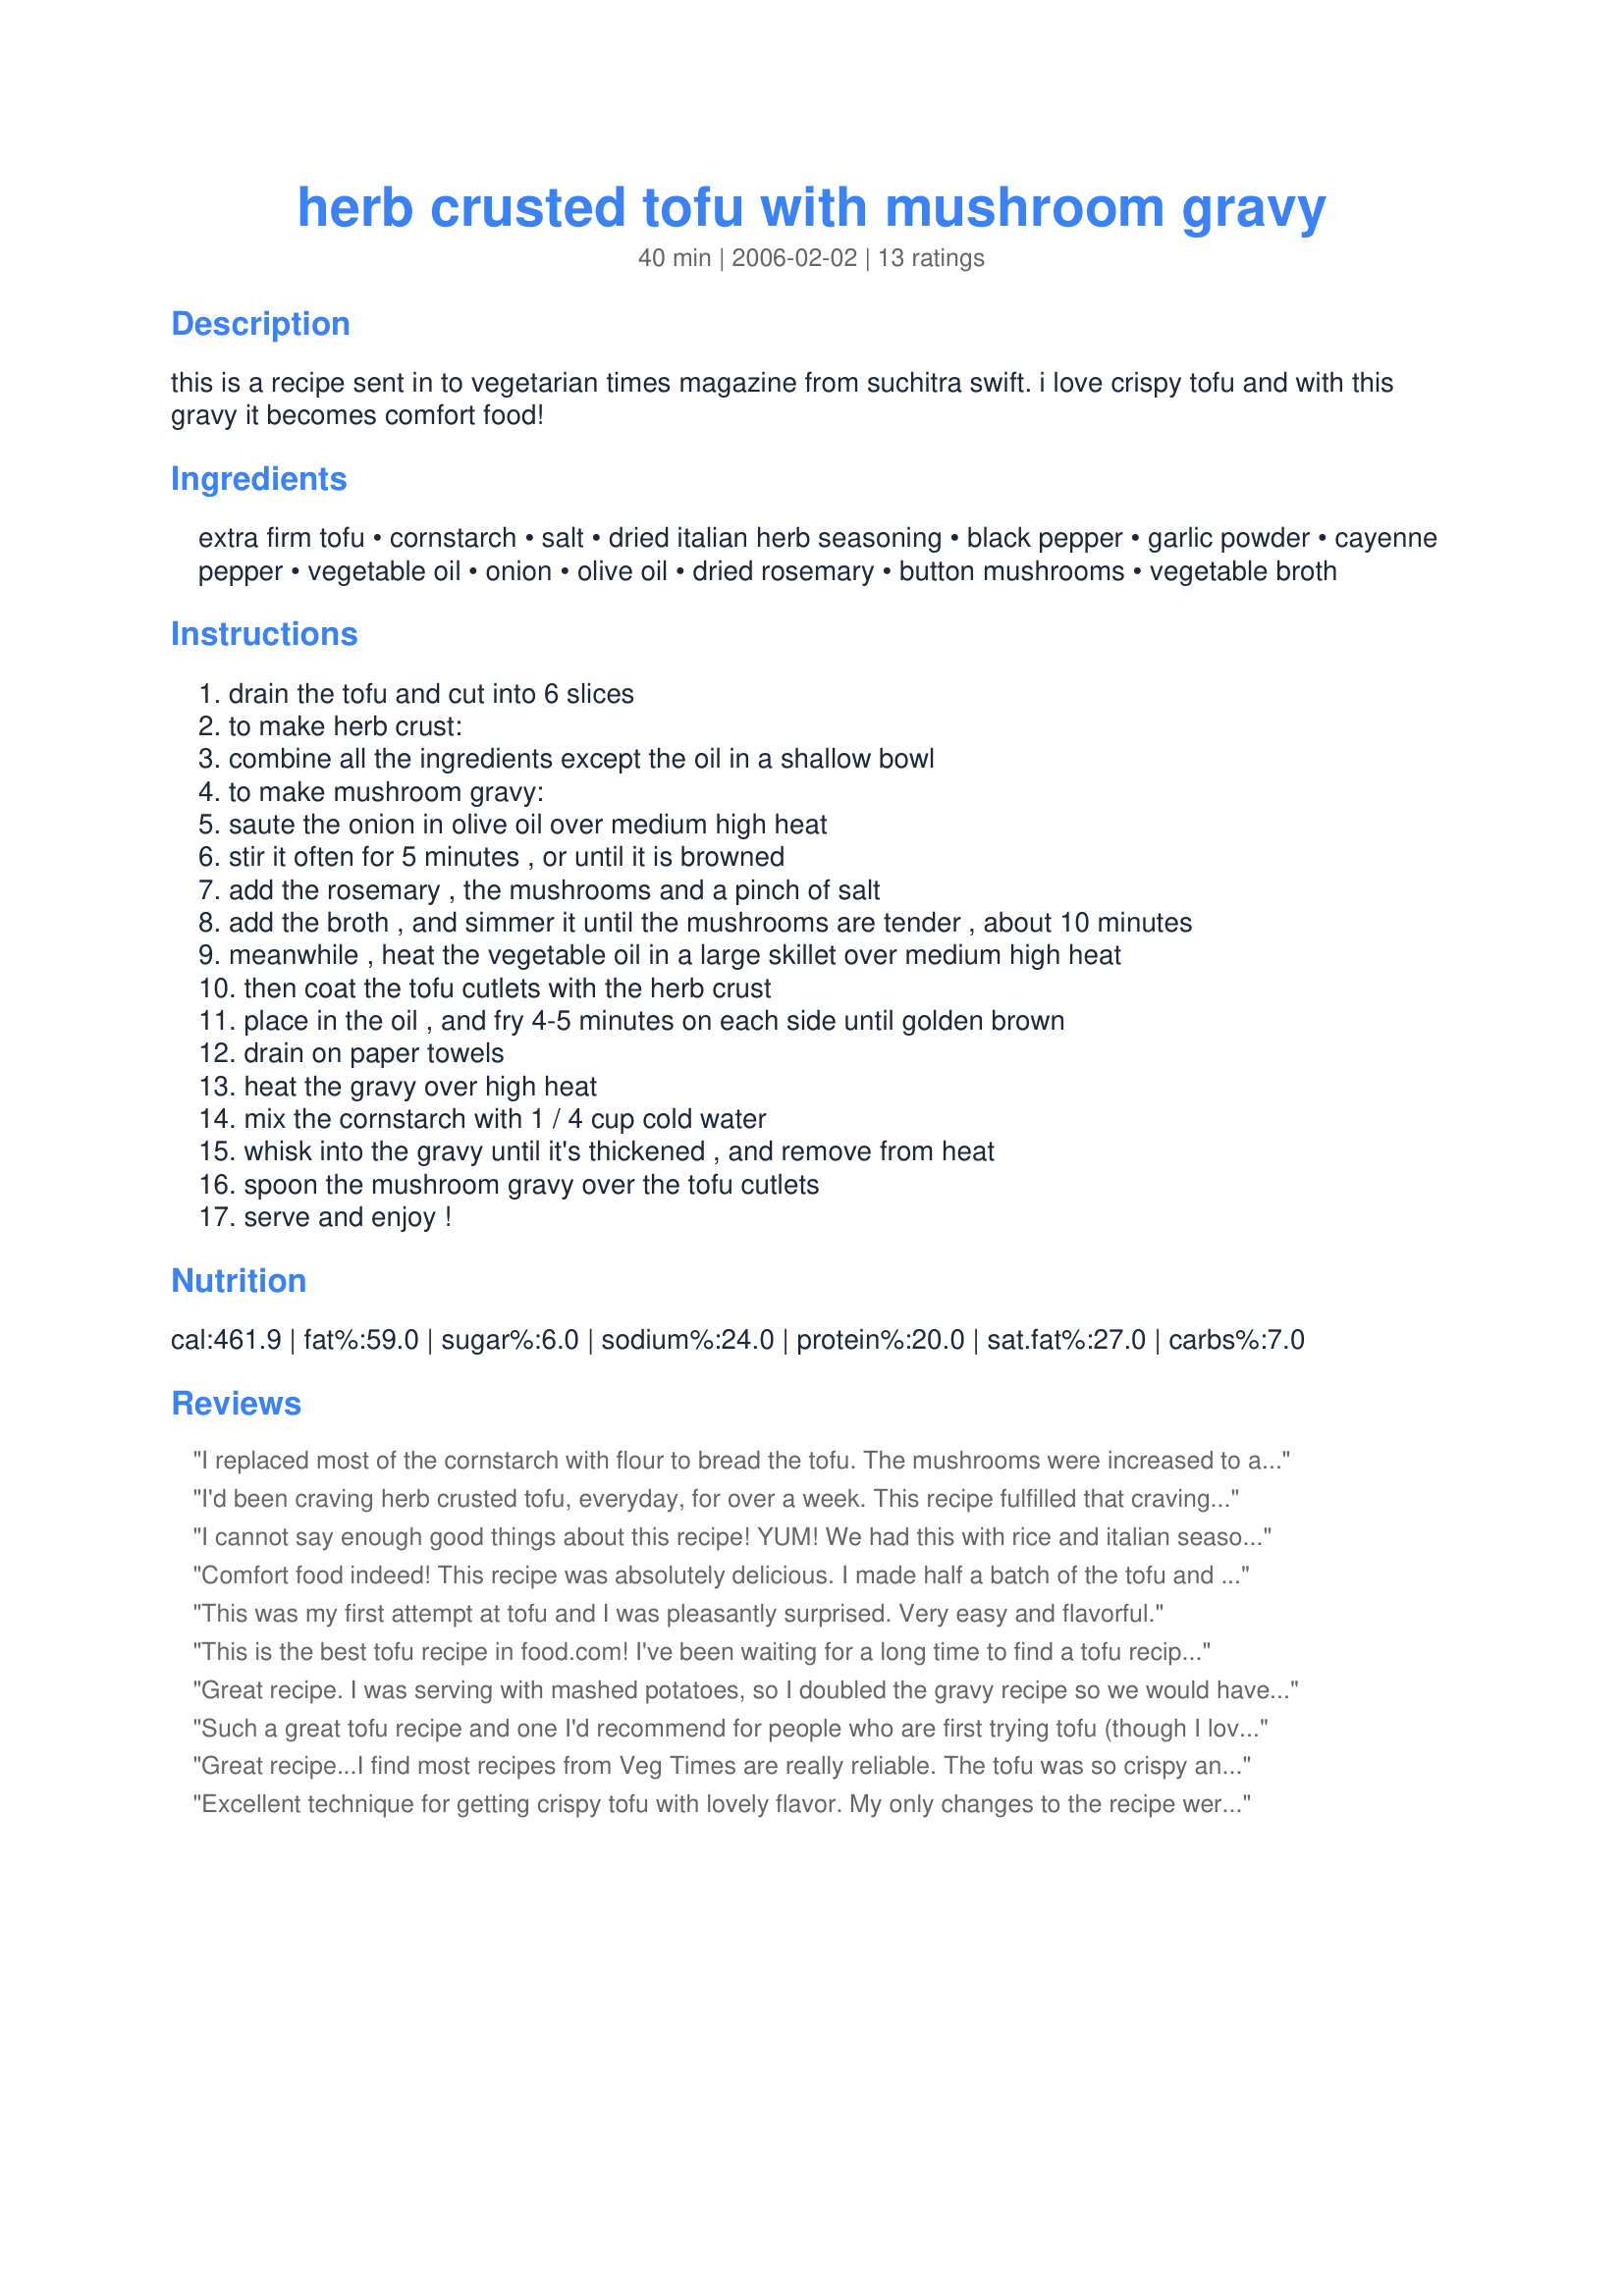
herb crusted tofu with mushroom gravy
Preparation time: 40 minutes

this is a recipe sent in to vegetarian times magazine from suchitra swift. i love crispy tofu and with this gravy it becomes comfort food!

Ingredients:
extra firm tofu, cornstarch, salt, dried italian herb seasoning, black pepper, garlic powder, cayenne pepper, vegetable oil, onion, olive oil, dried rosemary, button mushrooms, vegetable broth

Steps:
drain the tofu and cut into 6 slices, to make herb crust:, combine all the ingredients except the oil in a shallow bowl, to make mushroom gravy:, saute the onion in olive oil over medium high heat, stir it often for 5 minutes , or until it is browned, add the rosemary , the mushrooms and a pinch of salt, add the broth , and simmer it until the mushrooms are tender , about 10 minutes, meanwhile , heat the vegetable oil in a large skillet over medium high heat, then coat the tofu cutlets with the herb crust, place in the oil , and fry 4-5 minutes on each side until golden brown, drain on paper towels, heat the gravy over high heat, mix the cornstarch with 1 / 4 cup cold water, whisk into the gravy until it's thickened , and remove from heat, spoon the mushroom gravy over the tofu cutlets, serve and enjoy !

Reviews:
I replaced most of the cornstarch with flour to bread the tofu. The mushrooms were increased to about fifteen cremini mushrooms. Five mushrooms would not have been enough to make the gravy. Used fresh rosemary from our garden, too. Served over egg noodles and alongside a tossed salad. Homemade Italian seasoning. Reviewed for Veg Tag/September.
I'd been craving herb crusted tofu, everyday, for over a week. This recipe fulfilled that craving. I used a basil garlic tofu, only a pinch of cayanne, and didn't have any rosemary for the gravy. I ate it with creamy garlic mashed potatoes and blackened fresh green beans. After every bite I stopped to say, "wow this is great!". It was pretty easy, quick, and delicious which is always a nice combonation.
I cannot say enough good things about this recipe! YUM! We had this with rice and italian seasoned steamed green beans. I will definitely make this dish again! Thank you soooo much!!!
Comfort food indeed! This recipe was absolutely delicious. I made half a batch of the tofu and a whole batch of the gravy. I served the extra gravy over vegan mashed potatoes. The only other change I made was to process the dried rosemary in the blender until finely ground, because I don't like biting into those little sticks. I will definitely make this again!
Reviewed for September 2008 Vegetarian Recipe Swap
This was my first attempt at tofu and I was pleasantly surprised. Very easy and flavorful.
This is the best tofu recipe in food.com! I've been waiting for a long time to find a tofu recipe that I could proudly serve to guests. This one is superb. I used smoked tofu and dry fried it using this recipe recipe #415903. Then to make the cornstarch mixture stick, I dipped the dry fried tofu in a mixture of soy sauce and a couple drops of liquid smoke. The end result was a deliciously crispy outside, and a softer (but not mushy) interior. Most people would be surprised to find out this wasn't chicken... As for the mushroom sauce, it was fantastic too and worth making on its own. Can you tell I loved this recipe? I did. And it's going straight into my "good enough for company" cookbook. YUM!
Great recipe. I was serving with mashed potatoes, so I doubled the gravy recipe so we would have planty. Glad I did. I will be using this part of the recipe for other things, too. The tofu turned out crispy, though I personally find tofu to be a bit bland so might marinate it next time, say with a balsamic mixture. But as written, everyone else loved it. I will cut the amount of cornstarch next time also, but I used the some of the extra herbed cornstarch for the gravy and bagged the rest for later use.
Such a great tofu recipe and one I'd recommend for people who are first trying tofu (though I love it pretty much any way it's prepared). I used only about half the cornstarch and vegetable oil to save on calories, and it was still plenty (not that most of that oil is actually consumed, anyway, so the nutrition info is probably quite a bit higher than it actually is prepared).

The rosemary was a nice touch for the mushroom gravy, but I think next time I might do less of a gravy and more like sauteed mushrooms with some rosemary.

Thank you for posting this yummy recipe!
Great recipe...I find most recipes from Veg Times are really reliable. The tofu was so crispy and tasty, even though I only used 1/2 the amount of cornstarch called for, and the gravy was easy. I served along with some mashed potatoes so I doubled up (more or less) on the gravy because it just didn't seem like it was going to be enough for mash as well. I cooked the tofu in less oil than called for, so it took longer, but the end result was still great. Can't wait to make this again!
Excellent technique for getting crispy tofu with lovely flavor. My only changes to the recipe were to use about double the mushrooms using shiitaki and cremini and to cut the quantity rosemary in half, I still found it a little strong, rosemary isn&#039;t our favorite herb, so I may just substitute something else for it. Thanks for posting a recipe that I&#039;ll be making again and again.
This was excellent and one of the easiest recipes I've ever made. Cut tofu. Roll it in spices. Fry. Eat. We used different, leftover gravy but followed the tofu recipe exactly. Very flavorful for such simple spices. Might omit the salt next time (I usually don't like extra salt anyway though). EXCELLENT.
Tofu perfectly cooked! This was so crunch and then soft in the middle. Make sure to eat it when hot for the best texture. Very flavorful too - which I admit I was a bit skeptical of. I did decrease the cornstarch in the breading by half but kept the spices the same amounts. Otherwise, followed to a T. Thanks so much Sharon for a different way to make tofu!
This is a great recipe for frying tofu -- it stayed nice and firm, but I cooked it for 4 minutes over high heat and it came out with a dark crust. I lowered the heat to about medium/medium-high and cooked the other side for 4 minutes. That side was nicely browned and crisp. I cut away the dark side of the tofu before serving, and I could then taste the great seasonings in the herb crust. No bland tofu taste in this recipe, and the mushroom gravy was great over it. Next time I'll cook the tofu on the lower heat and double the gravy -- it was so good that everyone wanted enough to mix in with the rice I served alongside. I'm really glad I found a tofu recipe that is finally crispy, as my son and DH loved it this way. REVISED review -- we loved the taste of this recipe, so I made it again yesterday, cooking over medium heat on each side -- on our stove it came out perfect at that setting -- crunchy crust and great flavor!
